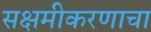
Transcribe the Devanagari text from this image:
सक्षमीकरणाचा